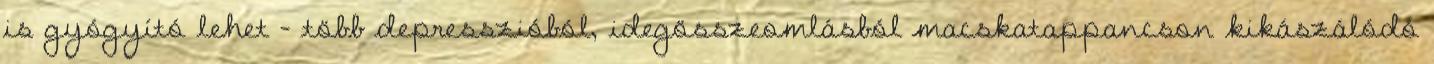
is gyógyító lehet – több depresszióból, idegösszeomlásból macskatappancson kikászálódó